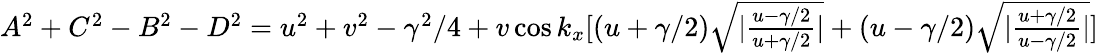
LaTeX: \begin{array}{r}{A^{2}+C^{2}-B^{2}-D^{2}=u^{2}+v^{2}-\gamma^{2}/4+v\cos k_{x}[(u+\gamma/2)\sqrt{|\frac{u-\gamma/2}{u+\gamma/2}|}+(u-\gamma/2)\sqrt{|\frac{u+\gamma/2}{u-\gamma/2}|}]}\end{array}